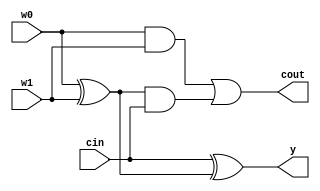
module FullAdder1bit( w0, w1, cin, y, cout);
    // w0, w1, cin, y, cout
    input wire w0, w1, cin;
    output reg y, cout;

    reg line1, line2, line3;

    always @(w0 or w1 or cin) begin
        line1 = w0^w1;
        y = cin^line1;

        line2 = w0&w1;
        line3 = line1&cin;
        cout = line2|line3;
    end
endmodule